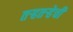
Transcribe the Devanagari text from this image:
तर्‍हतर्‍हेची